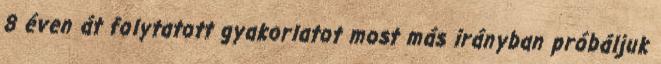
8 éven át folytatott gyakorlatot most más irányban próbáljuk